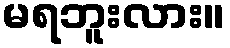
မရဘူးလား။